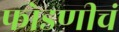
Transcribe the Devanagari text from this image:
फोडणीचं